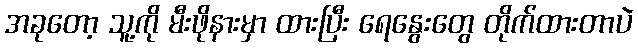
အခုတော့ သူ့ကို မီးဖိုနားမှာ ထားပြီး ရေနွေးတွေ တိုက်ထားတာပဲ